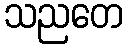
သညတေ